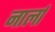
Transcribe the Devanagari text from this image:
नार्ला